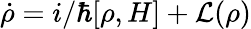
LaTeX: \dot{\rho}=i/\hbar[\rho,H]+\mathcal{L}(\rho)